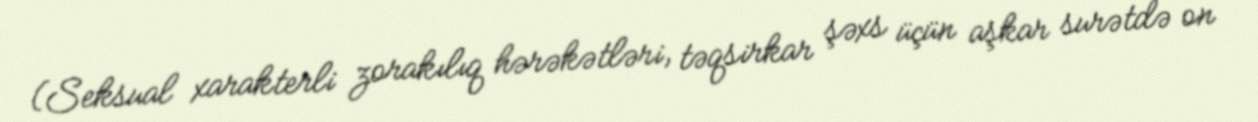
(Seksual xarakterli zorakılıq hərəkətləri, təqsirkar şəxs üçün aşkar surətdə on